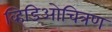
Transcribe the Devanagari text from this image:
व्हिडिओचित्रण